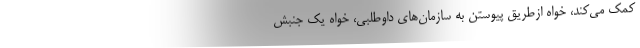
کمک می‌کند، خواه ازطریق پیوستن به سازمان‌های داوطلبی، خواه یک جنبش